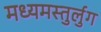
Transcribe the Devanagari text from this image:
मध्यमस्तुर्लुग